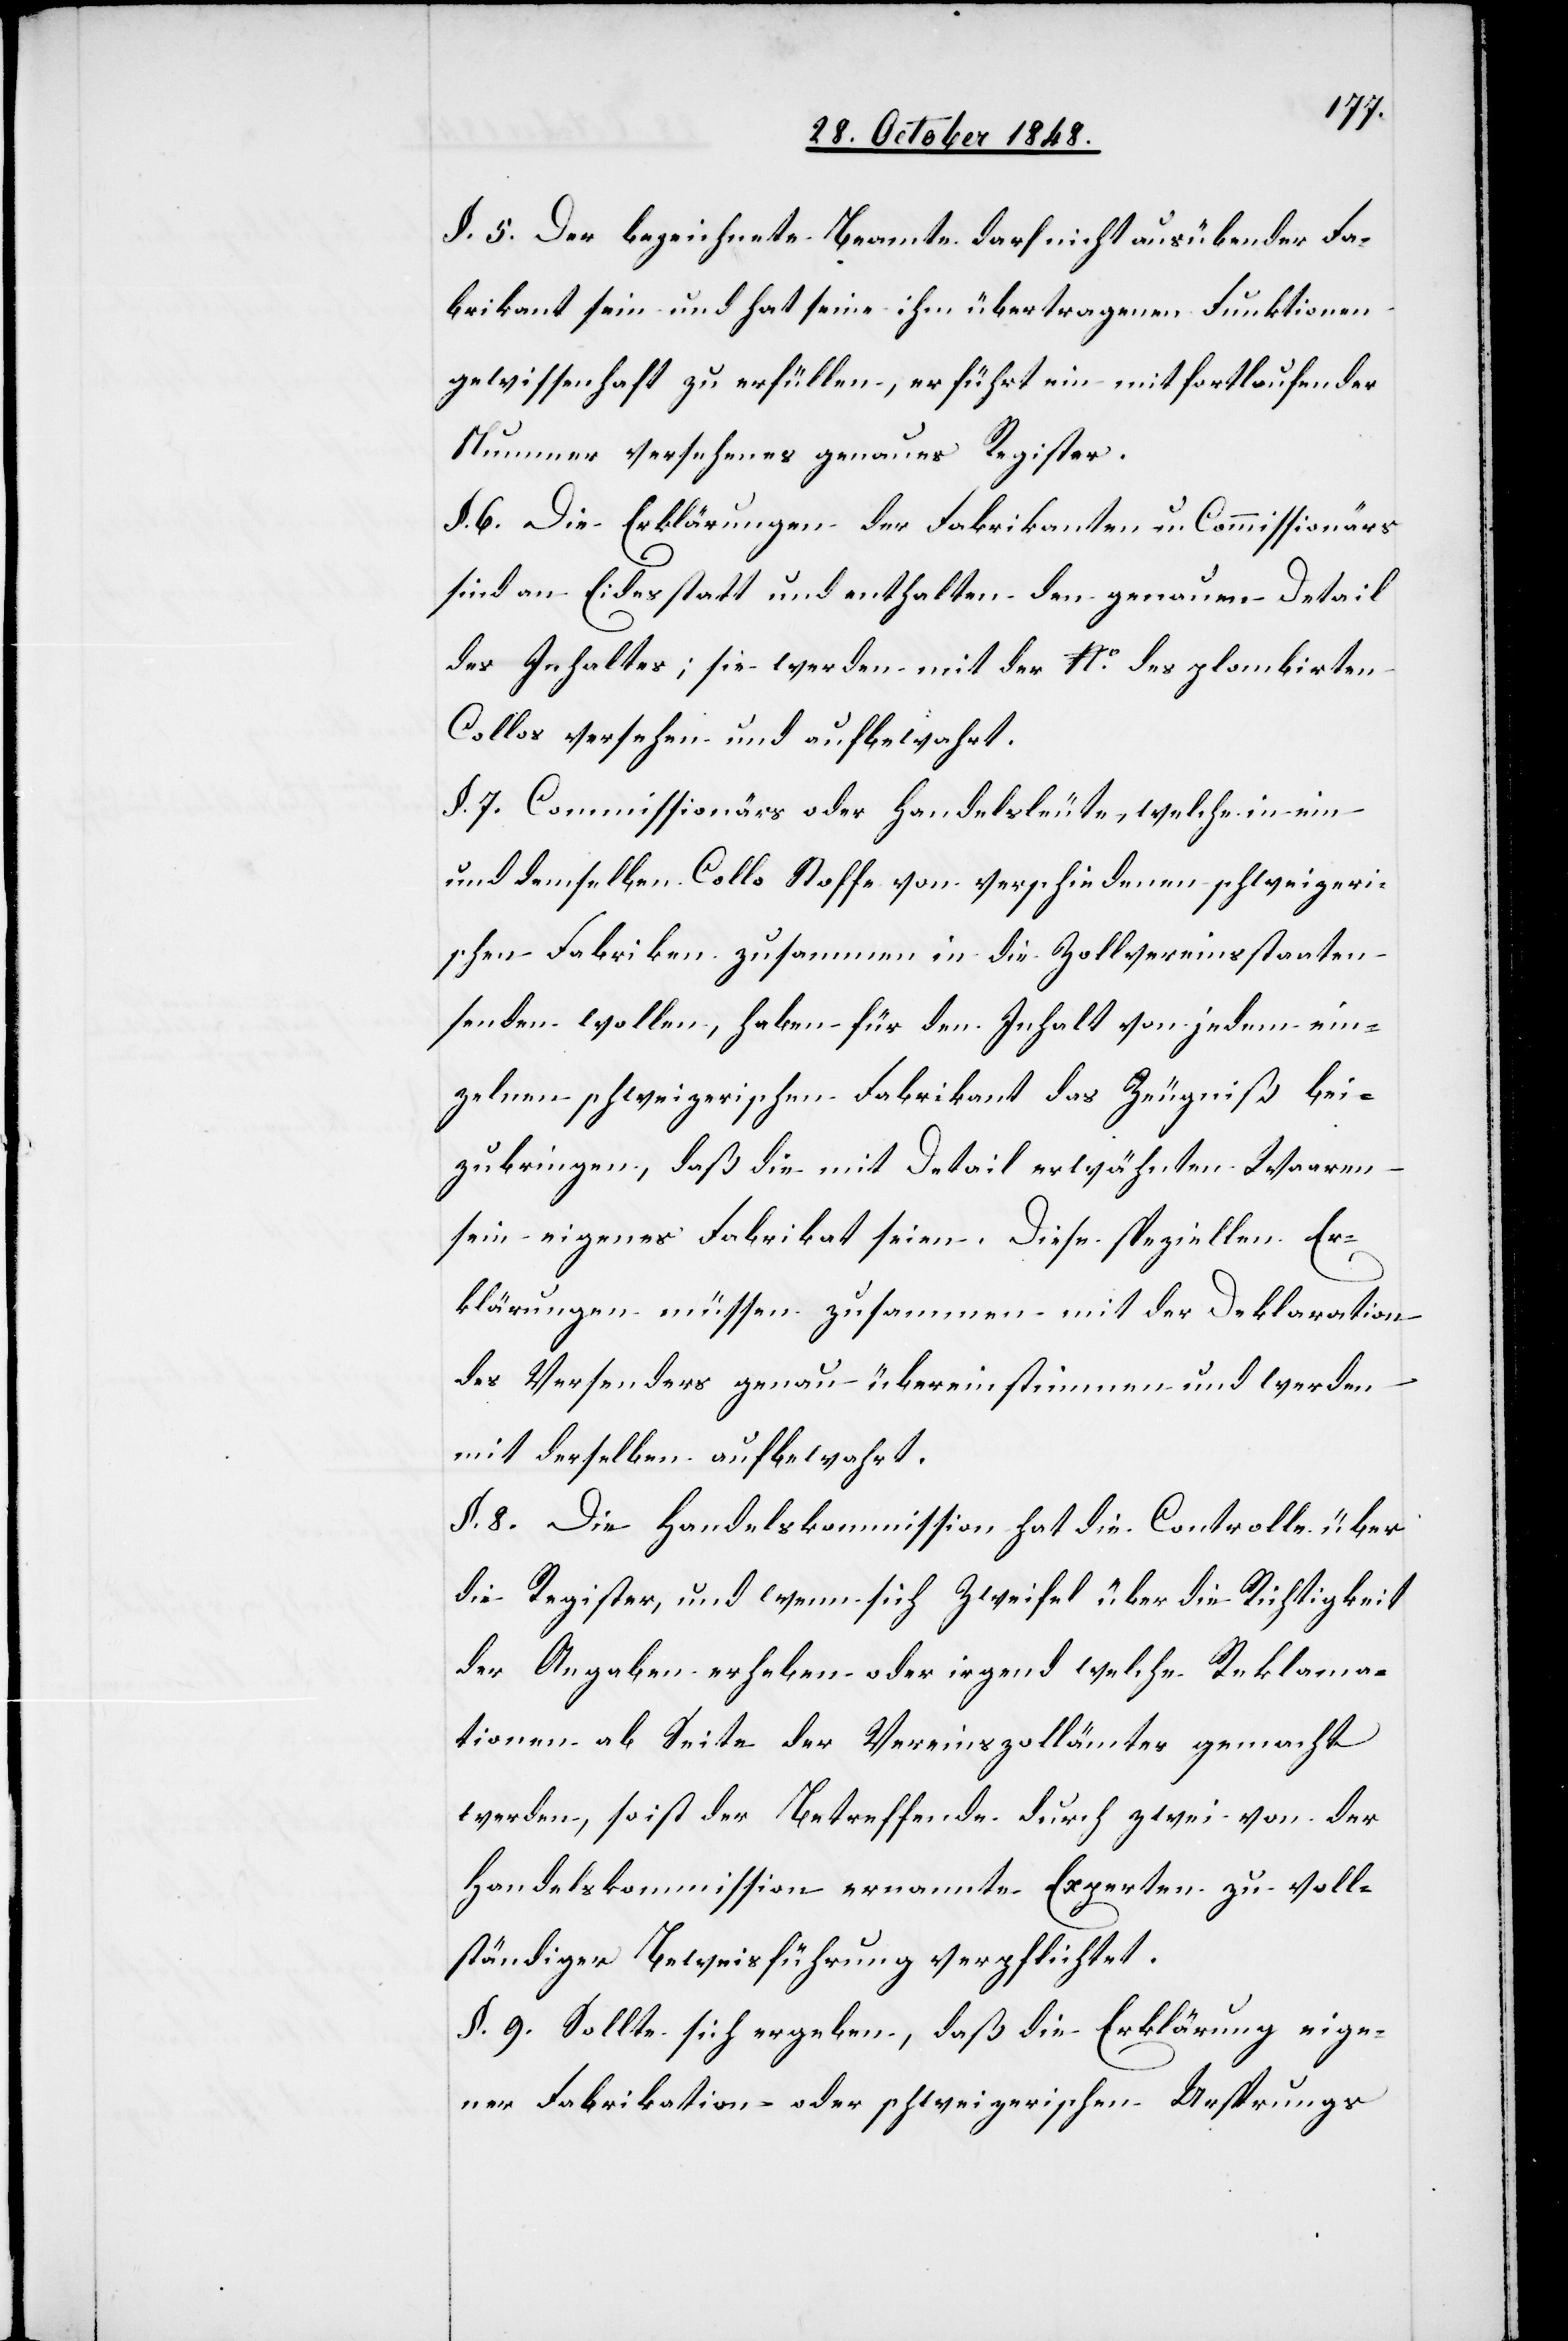
§. 5. Der bezeichnete Beamte darf nicht ausübender Fa¬
brikant sein und hat seine ihm übertragenen Funktionen
gewissenhaft zu erfüllen, er führt ein mit fortlaufender
Nummer versehenes genaues Register.
§. 6. Die Erklärungen der Fabrikanten u. Commissionärs
sind an Eides statt und enthalten den genauen Detail
des Inhaltes; sie werden mit der No des plombirten
Collos versehen und aufbewahrt.
§. 7. Commissionärs oder Handelsleute, welche in ein
und demselben Collo Stoffe von verschiedenen schweizeri¬
schen Fabriken zusammen in die Zollvereinsstaaten
senden wollen, haben für den Inhalt von jedem ein¬
zelnen schweizerischen Fabrikant das Zeugniß bei¬
zubringen, daß die mit Detail erwähnten Waaren
sein eigenes Fabrikat seien. Diese speziellen Er¬
klärungen müssen zusammen mit der Deklaration
des Versenders genau übereinstimmen und werden
mit derselben aufbewahrt.
§. 8. Die Handelskommission hat die Controlle über
die Register, und wenn sich Zweifel über die Richtigkeit
der Angaben erheben oder irgend welche Reklama¬
tionen ab Seite der Vereinszollämter gemacht
werden, so ist der Betreffende durch zwei von der
Handelskommission ernannte Experten zu voll¬
ständiger Beweisführung verpflichtet.
§. 9. Sollte sich ergeben, daß die Erklärung eige¬
ner Fabrikation oder schweizerischen Ursprungs